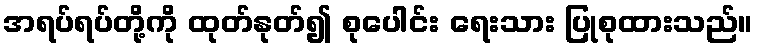
အရပ်ရပ်တို့ကို ထုတ်နုတ်၍ စုပေါင်း ရေးသား ပြုစုထားသည်။